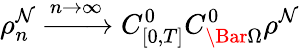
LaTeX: \rho_{n}^{\mathcal{N}}\xrightarrow{{n\rightarrow\infty}}{{C_{[0,T]}^{0}C_{\Bar{\Omega}}^{0}}}\rho^{\mathcal{N}}